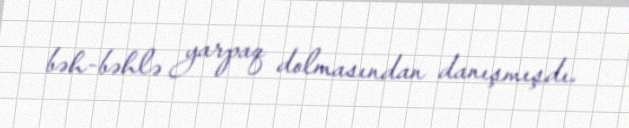
bəh-bəhlə yarpaq dolmasından danışmışdı.